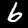
Label: 6